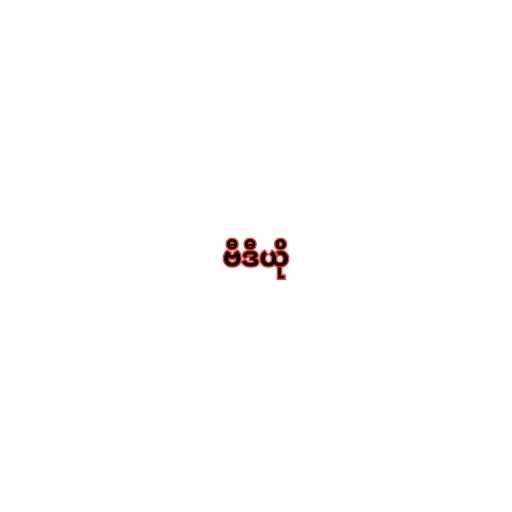
ဗီဒီယို